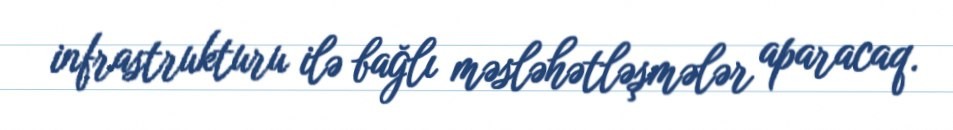
infrastrukturu ilə bağlı məsləhətləşmələr aparacaq.